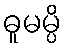
ဓူမမ္ပိ